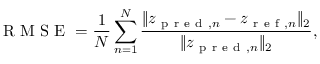
\mathrm { ~ R ~ M ~ S ~ E ~ } = \frac { 1 } { N } \sum _ { n = 1 } ^ { N } \frac { \| z _ { \mathrm { ~ p ~ r ~ e ~ d ~ } , n } - z _ { \mathrm { ~ r ~ e ~ f ~ } , n } \| _ { 2 } } { \| z _ { \mathrm { ~ p ~ r ~ e ~ d ~ } , n } \| _ { 2 } } ,